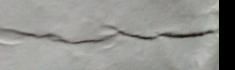
Signature authenticity: forged